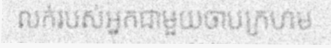
លក់របស់អ្នកជាមួយចាបក្រហម